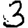
Digit: 3